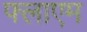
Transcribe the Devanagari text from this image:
फ्लाएम